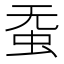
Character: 𱿛